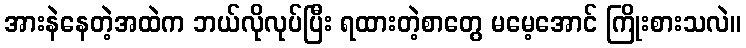
အားနဲနေတဲ့အထဲက ဘယ်လိုလုပ်ပြီး ရထားတဲ့စာတွေ မမေ့အောင် ကြိုးစားသလဲ။